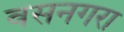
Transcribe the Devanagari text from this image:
वसनगरा